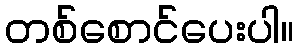
တစ်စောင်ပေးပါ။